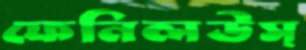
ফেনিলউস্